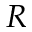
R